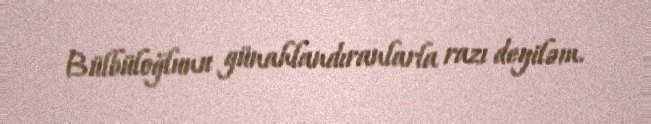
Bülbüloğlunu günahlandıranlarla razı deyiləm.